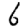
Digit: 6